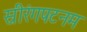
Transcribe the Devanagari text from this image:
स्रीरंगपटनम